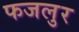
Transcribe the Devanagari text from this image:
फजलुर